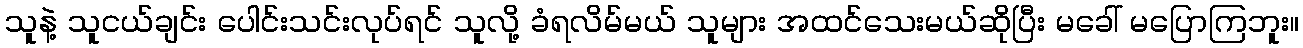
သူနဲ့ သူငယ်ချင်း ပေါင်းသင်းလုပ်ရင် သူလို့ ခံရလိမ်မယ် သူများ အထင်သေးမယ်ဆိုပြီး မခေါ် မပြောကြဘူး။